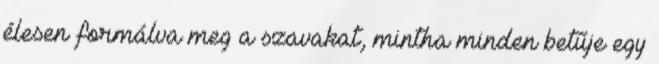
élesen formálva meg a szavakat, mintha minden betűje egy